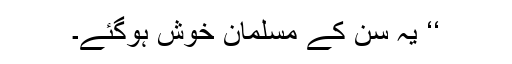
‘‘ یہ سن کے مسلمان خوش ہوگئے۔